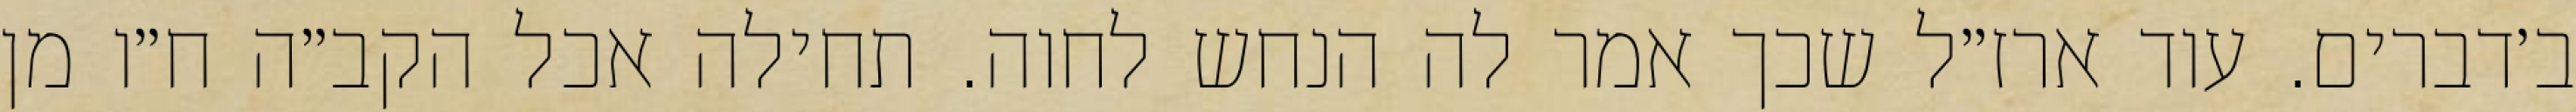
ב׳דברים. עוד ארז״ל שכך אמר לה הנחש לחוה. תחילה אכל הקב״ה ח״ו מן